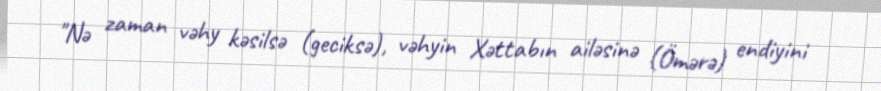
"Nə zaman vəhy kəsilsə (geciksə), vəhyin Xəttabın ailəsinə (Ömərə) endiyini